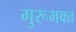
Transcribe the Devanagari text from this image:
गुरूभक्त